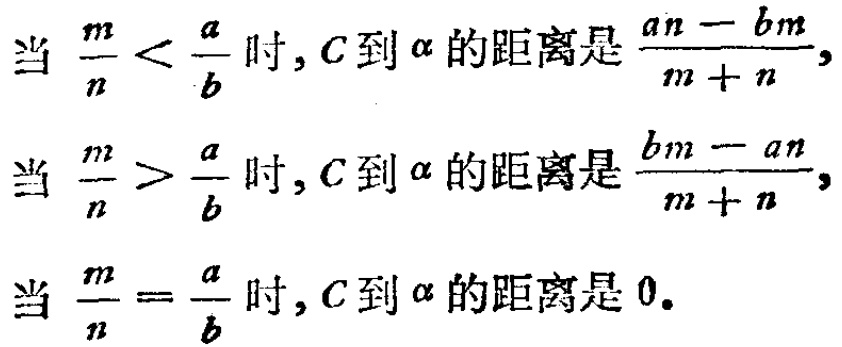
当 \(\frac{m}{n} < \frac{a}{b}\) 时, \(C\) 到 \(\alpha\) 的距离是 \(\frac{an - bm}{m + n}\),
当 \(\frac{m}{n} > \frac{a}{b}\) 时, \(C\) 到 \(\alpha\) 的距离是 \(\frac{bm - an}{m + n}\),
当 \(\frac{m}{n} = \frac{a}{b}\) 时, \(C\) 到 \(\alpha\) 的距离是 \(0\).